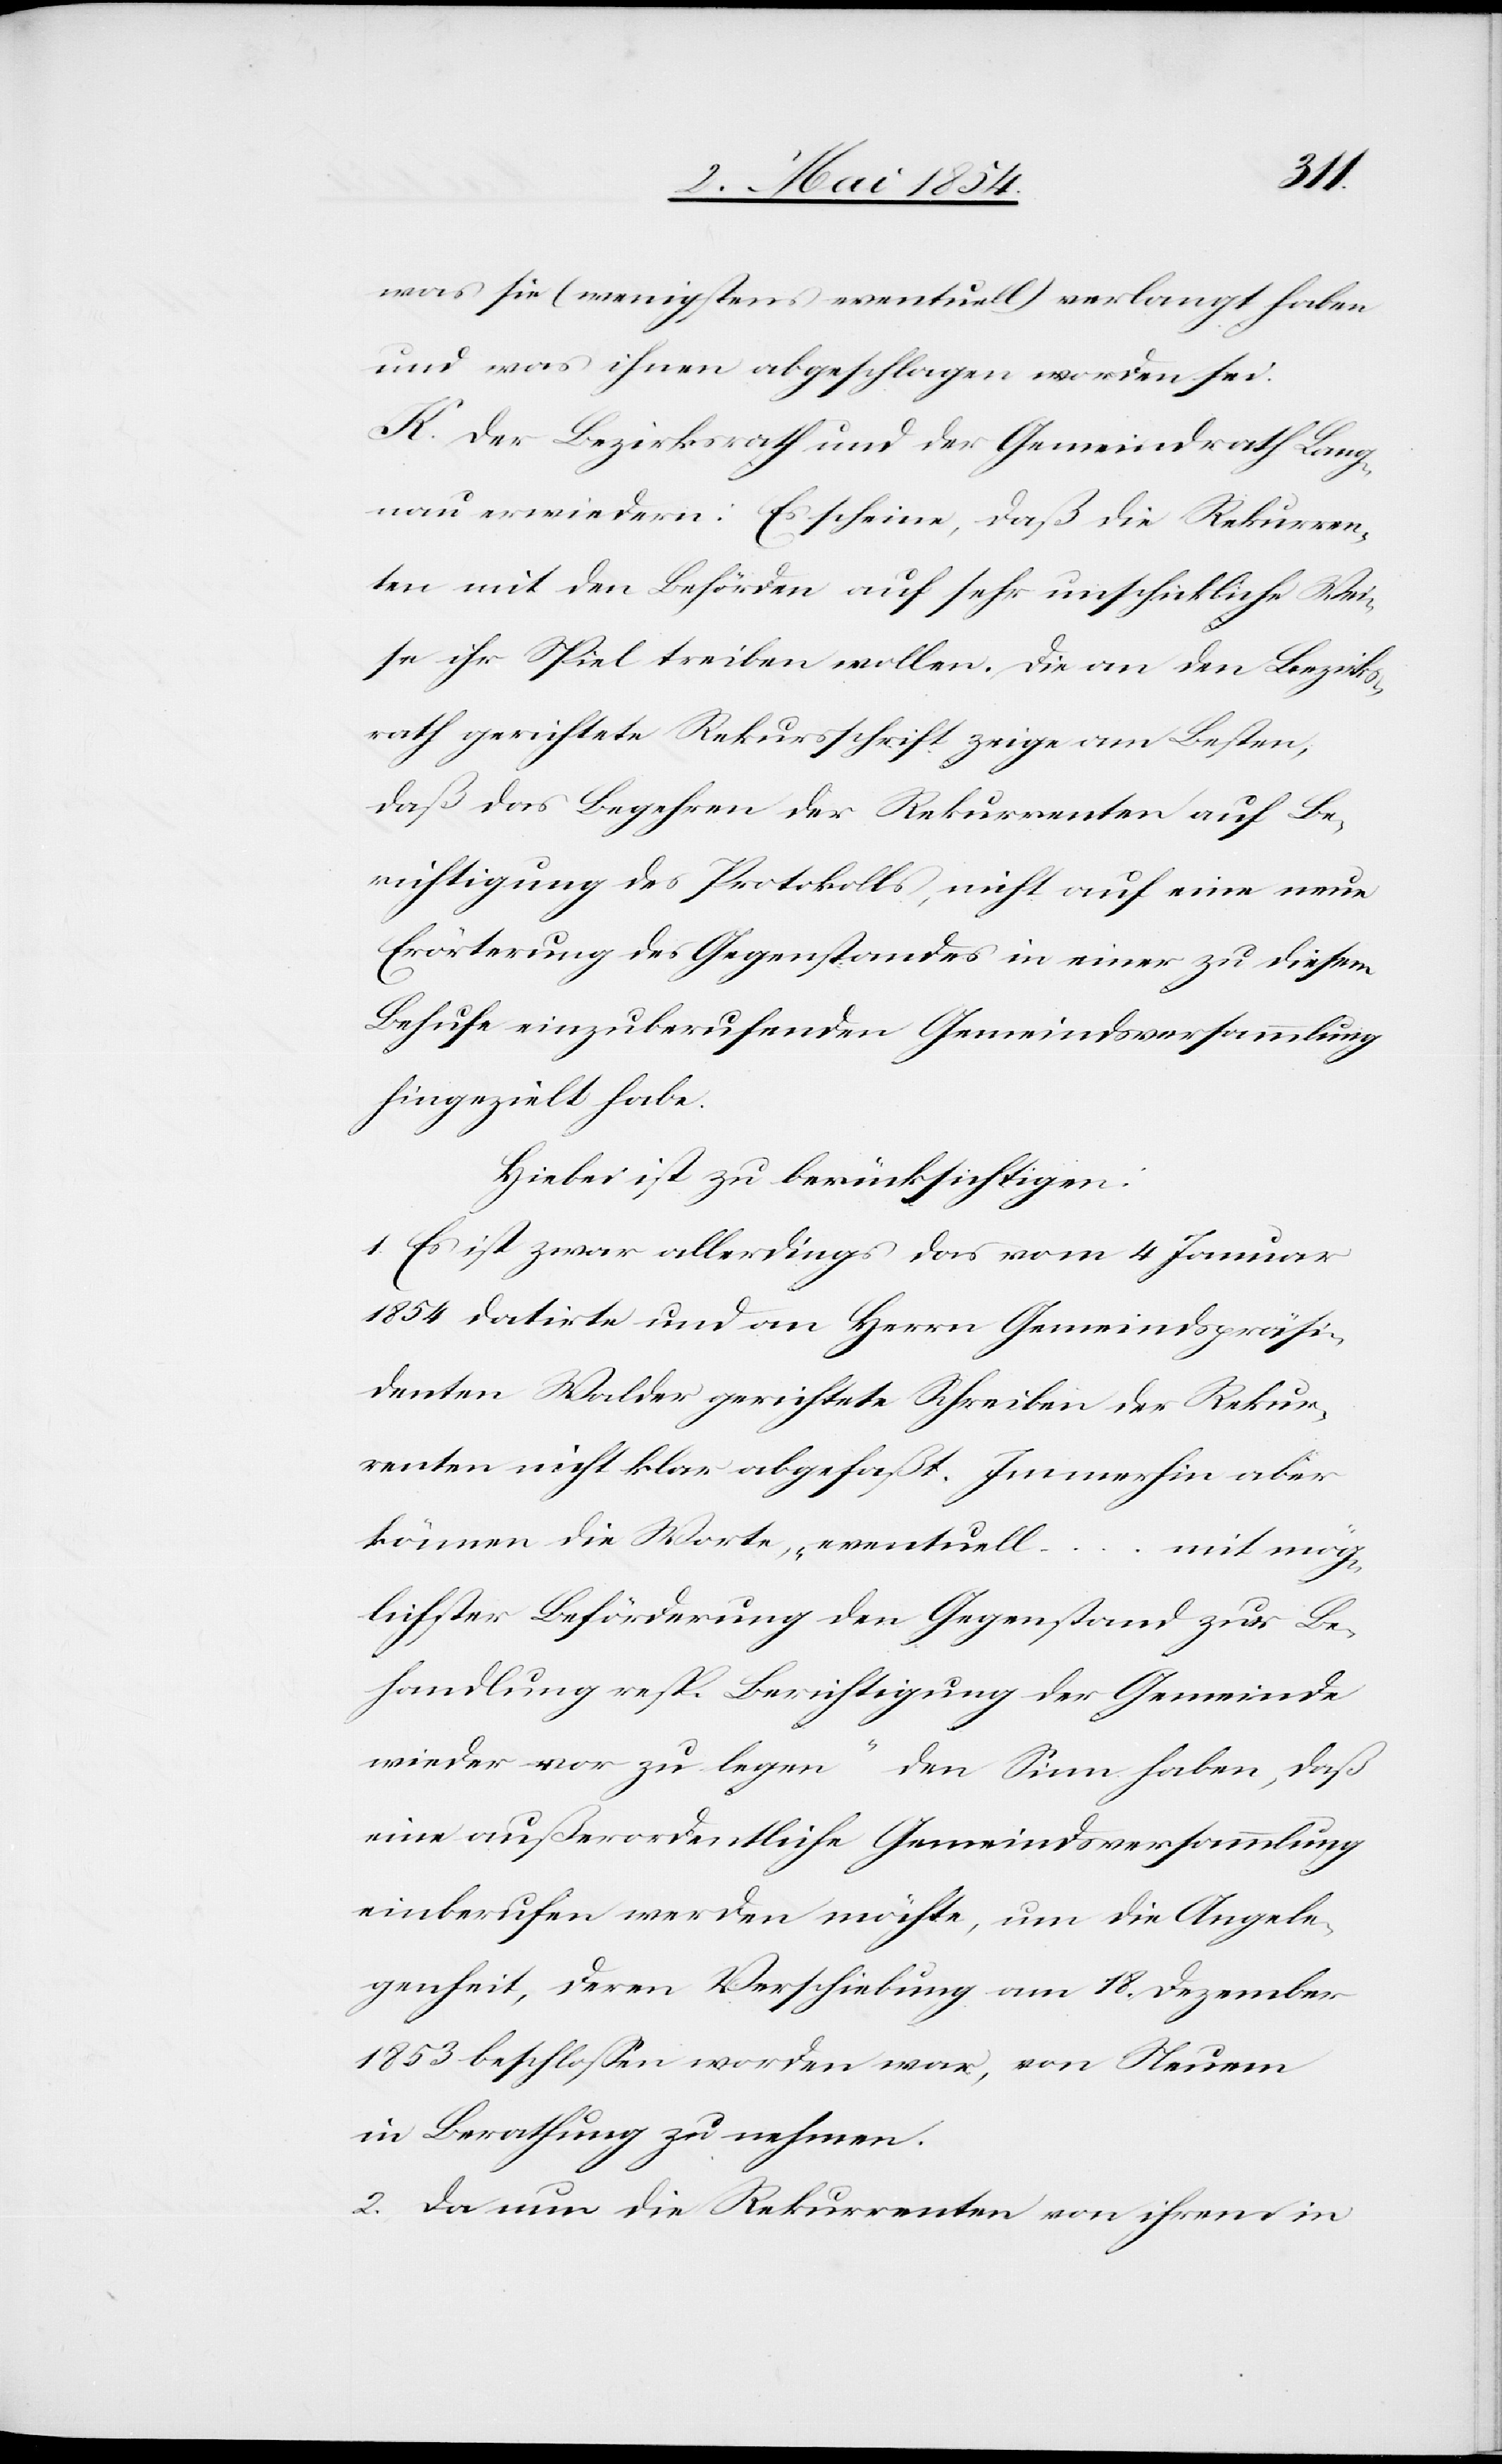
was sie (wenigstens eventuell) verlangt haben
und was ihnen abgeschlagen worden sei.
K. Der Bezirksrath und der Gemeindrath Lang¬
nau erwiedern: Es scheine, daß die Rekurren¬
ten mit den Behörden auf sehr unschickliche Wei¬
se ihr Spiel treiben wollen. Die an den Bezirks¬
rath gerichtete Rekursschrift zeige am Besten,
daß das Begehren der Rekurrenten auf Be¬
richtigung des Protokolls, nicht auf eine neue
Erörterung des Gegenstandes in einer zu diesem
Behufe einzuberufenden Gemeindsversammlung
hingezielt habe.
Hiebei ist zu berücksichtigen:
1. Es ist zwar allerdings das vom 4 Januar
1854 datirte und an Herrn Gemeindspräsi¬
denten Walder gerichtete Schreiben der Rekur¬
renten nicht klar abgefaßt. Immerhin aber
können die Worte, „eventuell … mit mög¬
lichster Beförderung den Gegenstand zur Be¬
handlung resp. Berichtigung der Gemeinde
wieder vor zu legen“ den Sinn haben, daß
eine außerordentliche Gemeindsversammlung
einberufen werden möchte, um die Angele¬
genheit, deren Verschiebung am 18. Dezember
1853 beschloßen worden war, von Steuern
in Berathung zu nehmen.
2. Da nun die Rekurrenten von ihren in